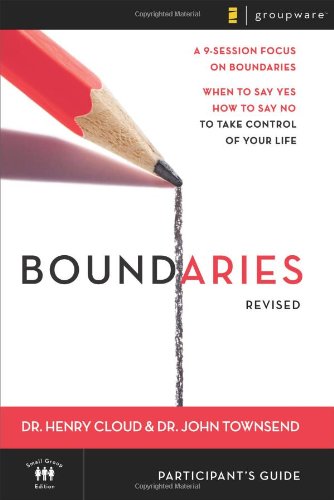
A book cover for Boundaries Participant's Guide---Revised: When To Say Yes, How to Say No to Take Control of Your Life; Henry Cloud; Christian Books & Bibles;